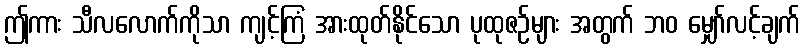
ဤကား သီလလောက်ကိုသာ ကျင့်ကြံ အားထုတ်နိုင်သော ပုထုဇဉ်များ အတွက် ဘဝ မျှော်လင့်ချက်